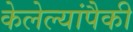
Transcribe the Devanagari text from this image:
केलेल्यांपैकी